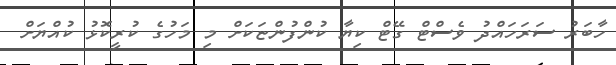
ހާބަރު ސަރަހައްދު ވެސްޓް ގޭޓް ކިޔާ ކުންފުންޏަކަށް މި މަހުގެ ކުރީކޮޅު ކުއްޔަށް